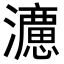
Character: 𭳩